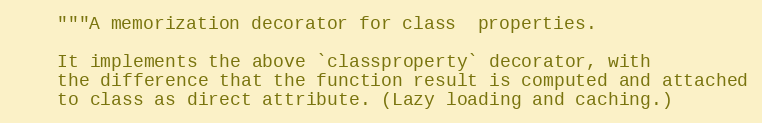
Language: Python
    """A memorization decorator for class  properties.

    It implements the above `classproperty` decorator, with
    the difference that the function result is computed and attached
    to class as direct attribute. (Lazy loading and caching.)